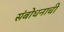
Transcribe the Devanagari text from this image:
संबोधनाची